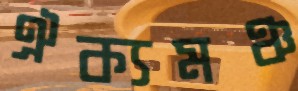
ঐক্যমঞ্চ